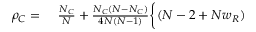
\begin{array} { r l } { \rho _ { C } = } & { { } ~ \frac { N _ { C } } { N } + \frac { N _ { C } ( N - N _ { C } ) } { 4 N ( N - 1 ) } \bigg \{ ( N - 2 + N w _ { R } ) } \end{array}